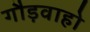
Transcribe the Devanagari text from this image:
गौड़वाहो